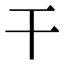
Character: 干